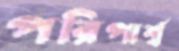
পরিপার্শ্ব